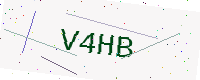
Text: V4HB